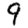
Digit: 9